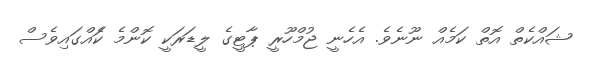
ޝައްކެތް އޮތް ކަމެއް ނޫނެވެ. އެހެނީ ޖުމްހޫރީ ޕާޓީގެ ލީޑަރަކީ ކޮންމެ ކަެއްގައިވެސް